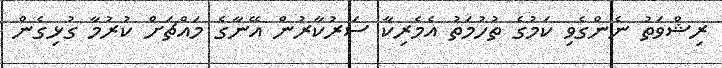
ރިޝްވަތު ނެންގެވި ކަމުގެ ތުހުމަތު އެމެރިކާ ސަރުކާރުން އޭނާގެ މައްޗަށް ކުރުމާ ގުޅިގެން